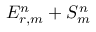
E _ { r , m } ^ { n } + S _ { m } ^ { n }